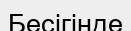
Бесігінде